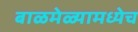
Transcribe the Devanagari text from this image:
बाळमेळ्यामध्येच